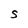
Character: S